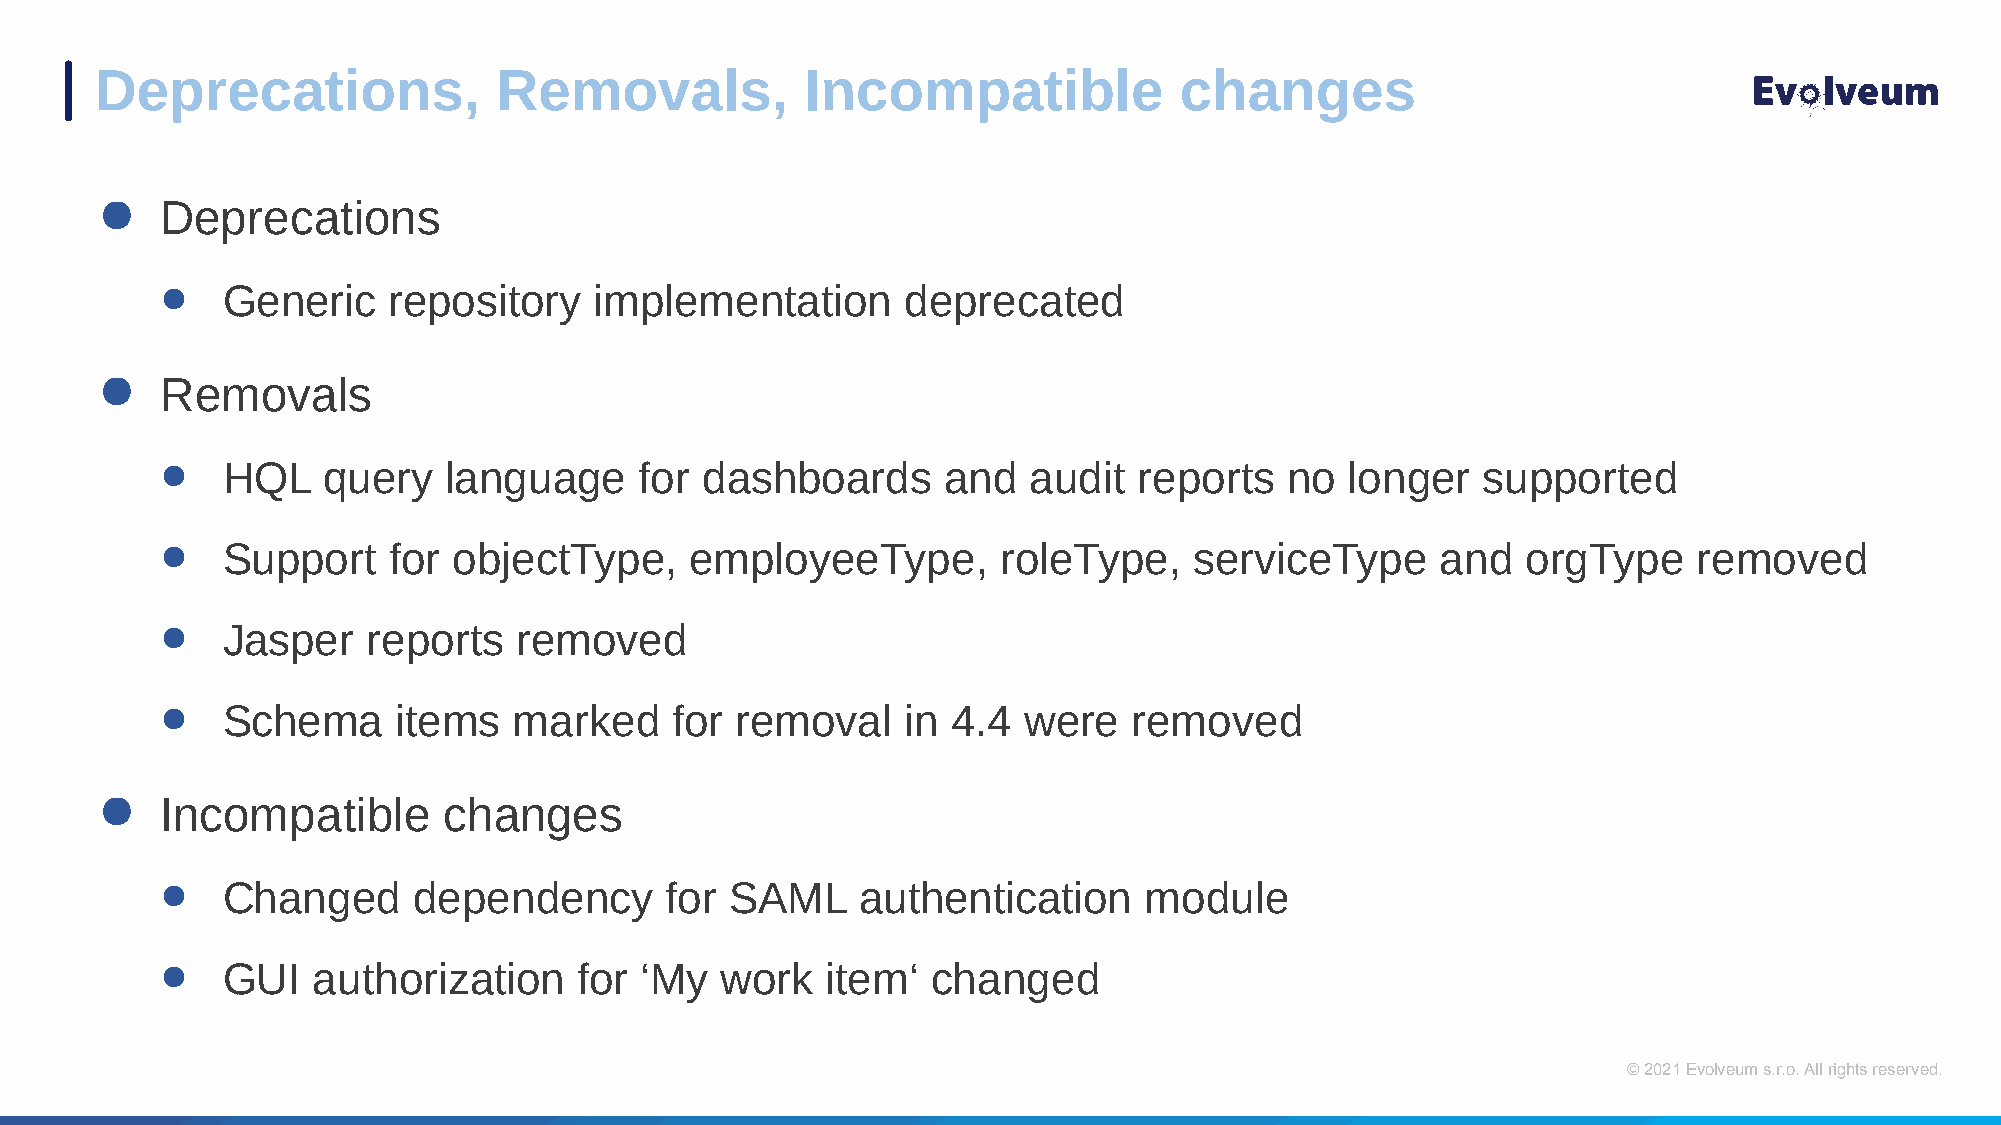
Deprecations,              Removals,           Incompatible             changes
 ●    Deprecations
 ●   Generic    repository   implementation       deprecated
 ●    Removals
 ●   HQL   query    language    for dashboards       and  audit  reports   no  longer   supported
 ●   Support    for objectType,     employeeType,       roleType,    serviceType     and   orgType    removed
 ●   Jasper   reports   removed
 ●   Schema     items   marked    for  removal    in 4.4  were   removed
 ●    Incompatible      changes
 ●   Changed     dependency       for SAML     authentication     module
 ●   GUI   authorization    for ‘My   work   item‘  changed
 © 2021 Evolveum s.r.o. All rights reserved.